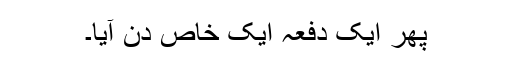
پھر ایک دفعہ ایک خاص دن آیا۔